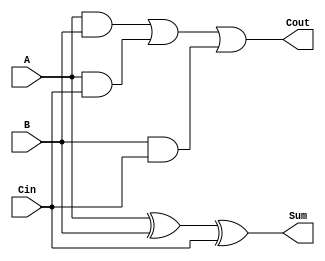
module fulladder(Cout,Sum,Cin,A,B);
    input A,B,Cin;
    output Cout,Sum;

    assign Cout = (A&B)|(A&Cin)|(B&Cin);
    assign Sum = A^B^Cin;

endmodule